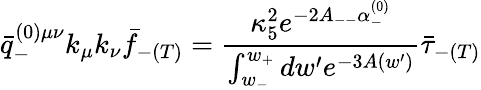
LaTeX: \bar{q}_{-}^{(0)\mu\nu}k_{\mu}k_{\nu}\bar{f}_{-(T)}=\frac{\kappa_{5}^{2}e^{-2A_{--}\alpha_{-}^{(0)}}}{\int_{w_{-}}^{w_{+}}dw^{\prime}e^{-3A(w^{\prime})}}\bar{\tau}_{-(T)}